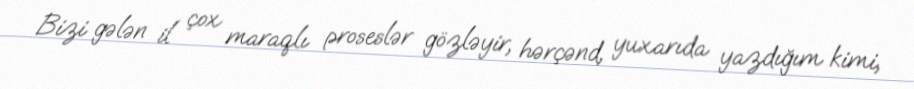
Bizi gələn il çox maraqlı proseslər gözləyir, hərçənd, yuxarıda yazdığım kimi,